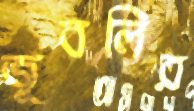
জুবলির